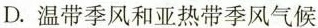
D.温带季风和亚热带季风气候